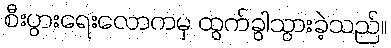
စီးပွားရေးလောကမှ ထွက်ခွါသွားခဲ့သည်။